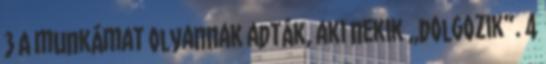
3 A munká­mat olyannak adták, aki nekik „dolgozik”. 4